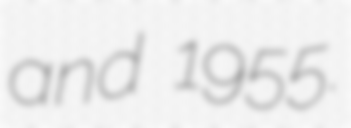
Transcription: and 1955.